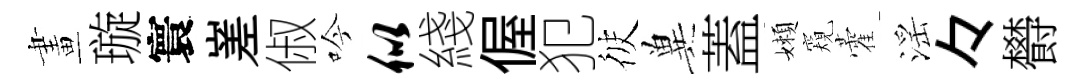
畫璇寰嵳俶吟似綫偓犯彼兾蓋嬾窺藿滛々欎